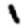
Digit: 1